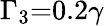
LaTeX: {\Gamma_{3}}\mathrm{{=}}0.2\gamma